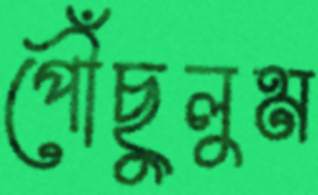
পৌঁছুলুম